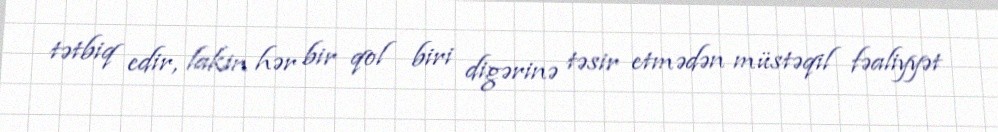
tətbiq edir, lakin hər bir qol biri digərinə təsir etmədən müstəqil fəaliyyət